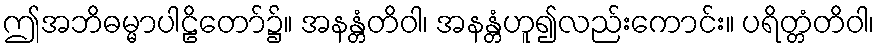
ဤအဘိဓမ္မာပါဠိတော်၌။ အနန္တံတိဝါ၊ အနန္တံဟူ၍လည်းကောင်း။ ပရိတ္တံတိဝါ၊